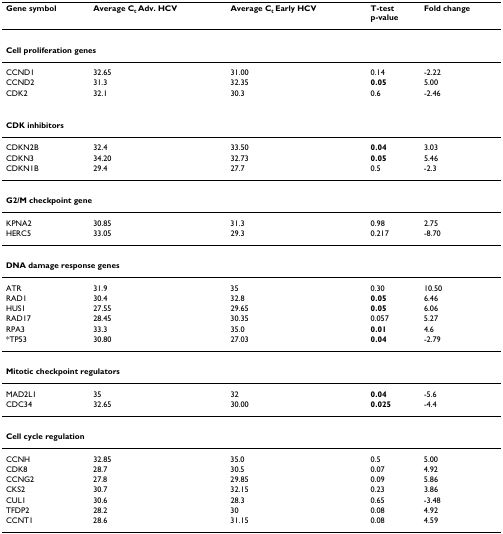
| Gene symbol | Average Ct Adv. HCV | Average Ct Early HCV | T-testp-value | Fold change |
 | --- | --- | --- | --- | --- |
 | <COLSPAN=5> Cell proliferation genes |
 | CCND1 | 32.65 | 31.00 | 0.14 | -2.22 |
 | CCND2 | 31.3 | 32.35 | 0.05 | 5.00 |
 | CDK2 | 32.1 | 30.3 | 0.6 | -2.46 |
 | <COLSPAN=5> CDK inhibitors |
 | CDKN2B | 32.4 | 33.50 | 0.04 | 3.03 |
 | CDKN3 | 34.20 | 32.73 | 0.05 | 5.46 |
 | CDKN1B | 29.4 | 27.7 | 0.5 | -2.3 |
 | <COLSPAN=5> G2/M checkpoint gene |
 | KPNA2 | 30.85 | 31.3 | 0.98 | 2.75 |
 | HERC5 | 33.05 | 29.3 | 0.217 | -8.70 |
 | <COLSPAN=5> DNA damage response genes |
 | ATR | 31.9 | 35 | 0.30 | 10.50 |
 | RAD1 | 30.4 | 32.8 | 0.05 | 6.46 |
 | HUS1 | 27.55 | 29.65 | 0.05 | 6.06 |
 | RAD17 | 28.45 | 30.35 | 0.057 | 5.27 |
 | RPA3 | 33.3 | 35.0 | 0.01 | 4.6 |
 | *TP53 | 30.80 | 27.03 | 0.04 | -2.79 |
 | <COLSPAN=5> Mitotic checkpoint regulators |
 | MAD2L1 | 35 | 32 | 0.04 | -5.6 |
 | CDC34 | 32.65 | 30.00 | 0.025 | -4.4 |
 | <COLSPAN=5> Cell cycle regulation |
 | CCNH | 32.85 | 35.0 | 0.5 | 5.00 |
 | CDK8 | 28.7 | 30.5 | 0.07 | 4.92 |
 | CCNG2 | 27.8 | 29.85 | 0.09 | 5.86 |
 | CKS2 | 30.7 | 32.15 | 0.23 | 3.86 |
 | CUL1 | 30.6 | 28.3 | 0.65 | -3.48 |
 | TFDP2 | 28.2 | 30 | 0.08 | 4.92 |
 | CCNT1 | 28.6 | 31.15 | 0.08 | 4.59 |